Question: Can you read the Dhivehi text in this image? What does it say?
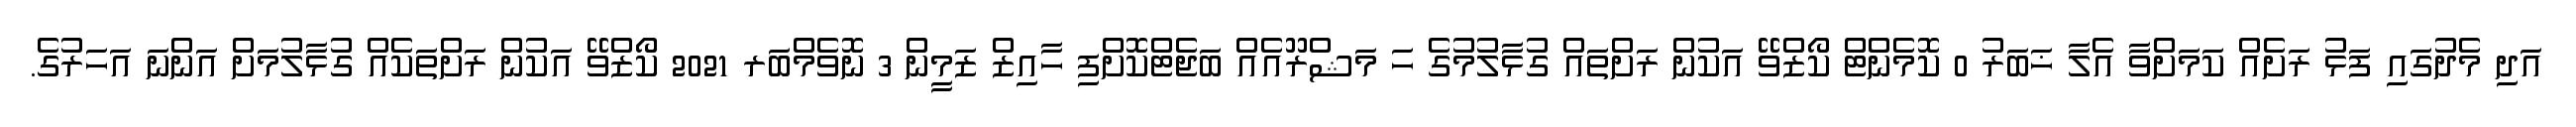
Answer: އަދި މެދުގައި ފަޅު ރަށެއް ކަމަށްވާ އެލާ ޚަބަރު 0 ކޮމެންޓް ކޯޒްވޭ އަކުން ރަށްތައް ގުޅާލުމުގެ ހަ މަޝްރޫއެއް ބަޖެޓްކޮށްފި ހާއިޒް ޒަމީން 3 ނޮވެމްބަރ 2021 ކޯޒްވޭ އަކުން ރަށްތަކެއް ގުޅާލުމަށް އަންނަ އަހަރުގެ.